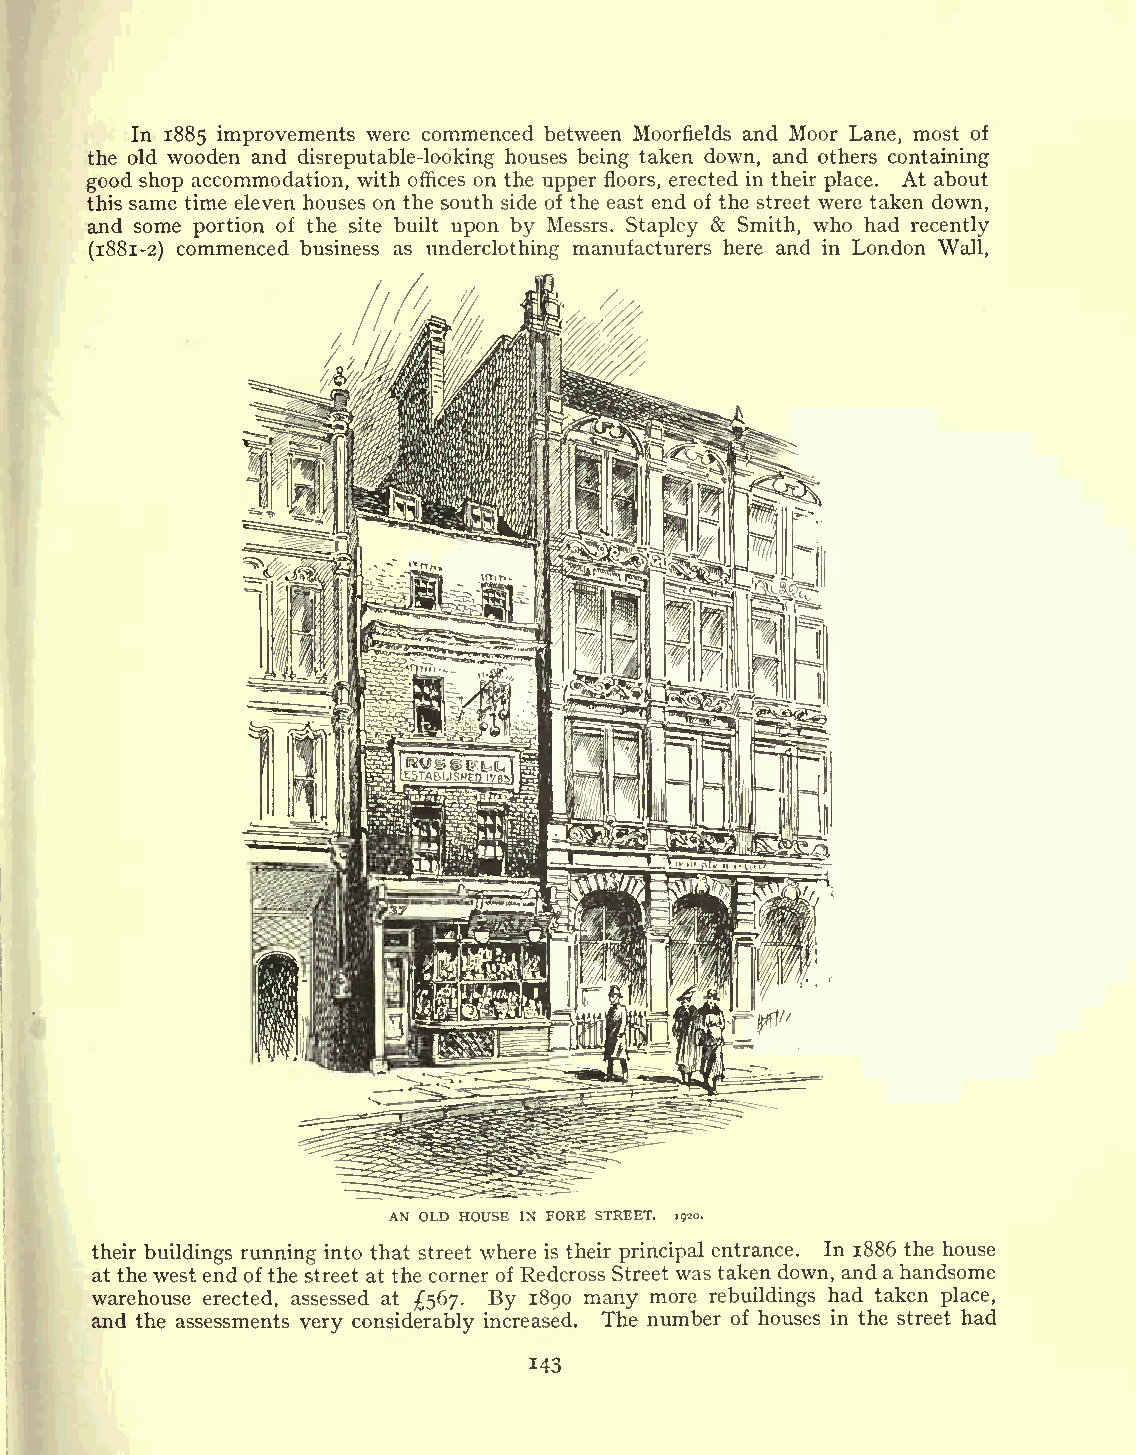
In 1885 improvements were commenced between Moorfields and Moor Lane, most of
 the old wooden and disreputable-looking houses being taken down, and others containing
 good shop accommodation, with offices on the upper floors, erected in their place. At about
 this same time eleven houses on the south side of the east end of the street were taken down,
 and some portion of the site built upon by Messrs. Stapley & Smith, who had recently
 (1881-2) commenced business as underclothing manufacturers here and in London Wall,
 AN OLD HOUSE IN FORE STREET. 1920.
 their buildings running into that street where is their principal entrance. In 1886 the house
 at the west end of the street at the corner of Redcross Street was taken down, and a handsome
 warehouse erected, assessed at 567. By 1890 many more rebuildings had taken place,
 and the assessments very considerably increased. The number of houses in the street had
 143